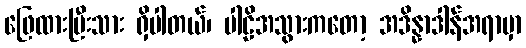
ဖြေထားပြီးသား ရှိပါတယ်၊ ပါဠိအသွားကတော့ အဒိန္နာဒါန်အရာမှာ